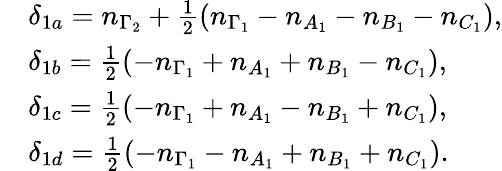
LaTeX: \begin{array}{rl}&{\delta_{1a}=n_{\Gamma_{2}}+\frac{1}{2}\left(n_{\Gamma_{1}}-n_{A_{1}}-n_{B_{1}}-n_{C_{1}}\right),}\\ &{\delta_{1b}=\frac{1}{2}\left(-n_{\Gamma_{1}}+n_{A_{1}}+n_{B_{1}}-n_{C_{1}}\right),}\\ &{\delta_{1c}=\frac{1}{2}\left(-n_{\Gamma_{1}}+n_{A_{1}}-n_{B_{1}}+n_{C_{1}}\right),}\\ &{\delta_{1d}=\frac{1}{2}\left(-n_{\Gamma_{1}}-n_{A_{1}}+n_{B_{1}}+n_{C_{1}}\right).}\end{array}